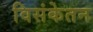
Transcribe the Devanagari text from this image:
विसंकेतन